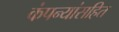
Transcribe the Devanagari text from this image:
कंपन्यांसहित